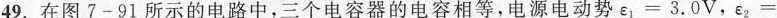
49.在图7-91所示的电路中，三个电容器的电容相等，电源电动势ε_{1}=3.0V，ε_{2}=